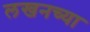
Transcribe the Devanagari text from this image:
लखनच्या